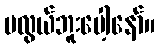
မလွယ်ဘူးပေါ့နော်။